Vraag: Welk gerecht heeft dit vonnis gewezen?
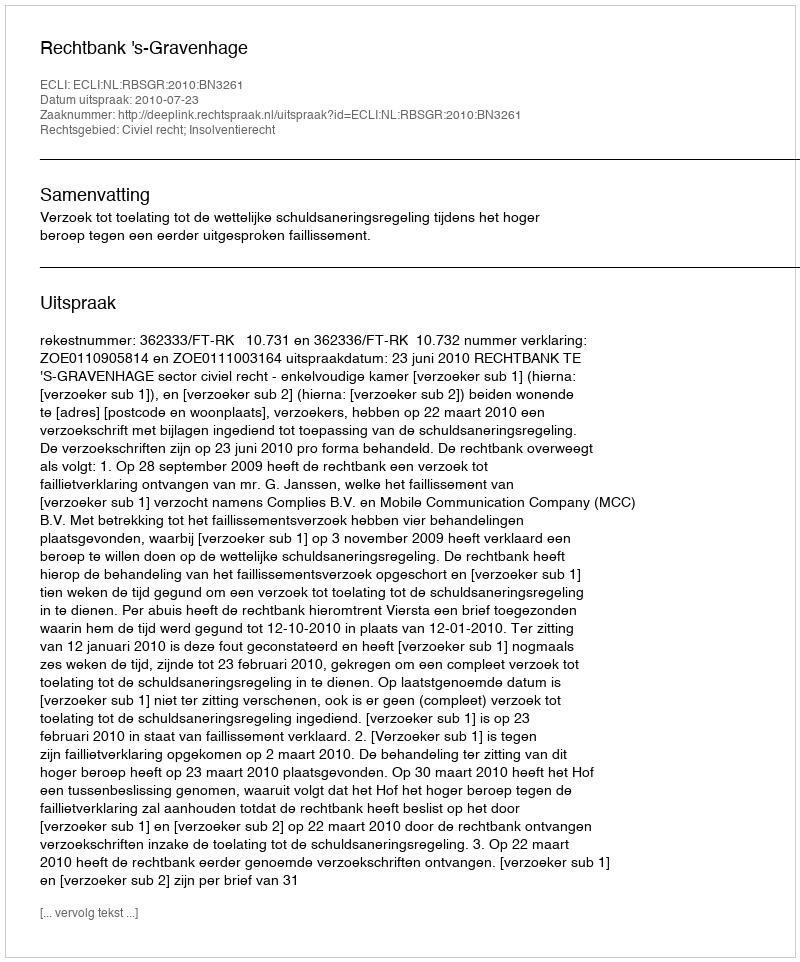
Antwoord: Rechtbank 's-Gravenhage